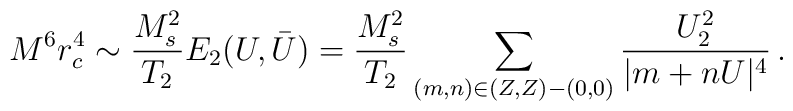
M^6r_c^4\sim \frac{M_s^2}{T_2}E_2(U,\bar U)= \frac{M_s^2}{T_2}\sum_{(m,n)\in (Z,Z)-(0,0)}\frac{U_2^2}{|m+nU|^4}\,.